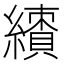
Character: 𱺊